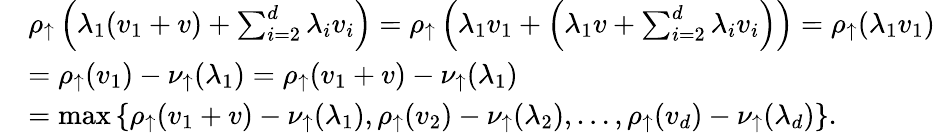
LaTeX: \begin{array}{rl}&{\rho_{\uparrow}\left(\lambda_{1}(v_{1}+v)+\sum_{i=2}^{d}\lambda_{i}v_{i}\right)=\rho_{\uparrow}\left(\lambda_{1}v_{1}+\left(\lambda_{1}v+\sum_{i=2}^{d}\lambda_{i}v_{i}\right)\right)=\rho_{\uparrow}(\lambda_{1}v_{1})}\\ &{=\rho_{\uparrow}(v_{1})-\nu_{\uparrow}(\lambda_{1})=\rho_{\uparrow}(v_{1}+v)-\nu_{\uparrow}(\lambda_{1})}\\ &{=\operatorname*{max}\left\{ \rho_{\uparrow}(v_{1}+v)-\nu_{\uparrow}(\lambda_{1}),\rho_{\uparrow}(v_{2})-\nu_{\uparrow}(\lambda_{2}),\ldots,\rho_{\uparrow}(v_{d})-\nu_{\uparrow}(\lambda_{d})\right\} .}\end{array}